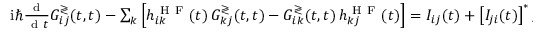
\begin{array} { r } { \mathrm { i } \hbar \frac { \mathrm { ~ d ~ } } { \mathrm { ~ d ~ } t } G _ { i j } ^ { \gtrless } ( t , t ) - \sum _ { k } \left[ h _ { i k } ^ { \mathrm { ~ H ~ F ~ } } ( t ) \, G _ { k j } ^ { \gtrless } ( t , t ) - G _ { i k } ^ { \gtrless } ( t , t ) \, h _ { k j } ^ { \mathrm { ~ H ~ F ~ } } ( t ) \right] = I _ { i j } ( t ) + \left[ I _ { j i } ( t ) \right] ^ { * } , } \end{array}